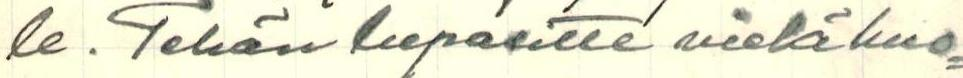
le. Tehän lupasitte vielä huo=